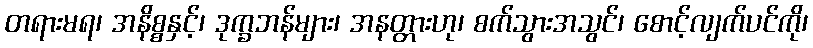
တရားမရ၊ အနိစ္စနှင့်၊ ဒုက္ခဘန်များ၊ အနတ္တားဟု၊ စက်သွားအသွင်၊ စောင့်လျက်ပင်ကို၊